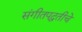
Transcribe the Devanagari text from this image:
संगीतपद्धतीचे